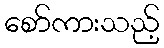
စော်ကားသည့်